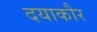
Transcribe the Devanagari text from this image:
दयाकौर